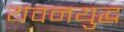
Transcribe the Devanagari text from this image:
यवनयुद्ध